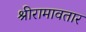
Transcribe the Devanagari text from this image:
श्रीरामावतार